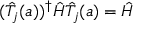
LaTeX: ( { \hat { T } } _ { j } ( a ) ) ^ { \dagger } { \hat { H } } { \hat { T } } _ { j } ( a ) = { \hat { H } }